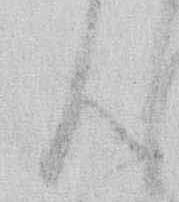
ん